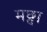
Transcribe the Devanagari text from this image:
मछ्वा